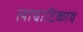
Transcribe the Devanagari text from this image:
त्याचाटिकाव